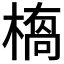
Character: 𭫥